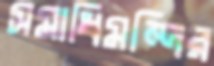
সমাধিমন্দির